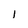
Character: l